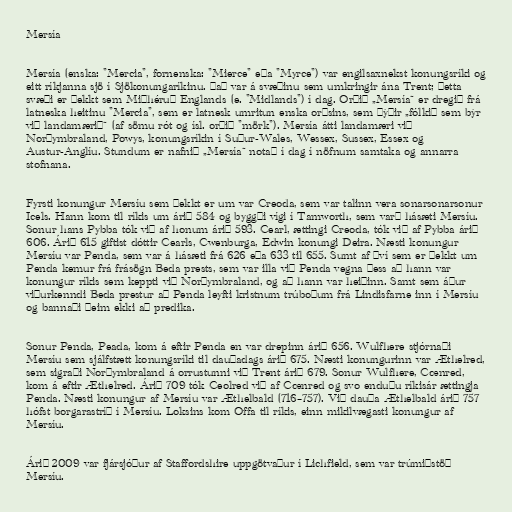
Mersía

Mersía (enska: "Mercia", fornenska: "Mierce" eða "Myrce") var engilsaxnekst konungsríki og
eitt ríkjanna sjö í Sjökonungaríkinu. Það var á svæðinu sem umkringir ána Trent; þetta
svæði er þekkt sem Miðhéruð Englands (e. "Midlands") í dag. Orðið „Mersía“ er dregið frá
latneska heitinu "Mercia", sem er latnesk umritun enska orðsins, sem þýðir „fólkið sem býr
við landamærið“ (af sömu rót og ísl. orðið "mörk"). Mersía átti landamæri við
Norðymbraland, Powys, konungsríkin í Suður-Wales, Wessex, Sussex, Essex og
Austur-Anglíu. Stundum er nafnið „Mersía“ notað í dag í nöfnum samtaka og annarra
stofnana.

Fyrsti konungur Mersíu sem þekkt er um var Creoda, sem var talinn vera sonarsonarsonur
Icels. Hann kom til ríkis um árið 584 og byggði vígi í Tamworth, sem varð hásæti Mersíu.
Sonur hans Pybba tók við af honum árið 593. Cearl, ættingi Creoda, tók við af Pybba árið
606. Árið 615 giftist dóttir Cearls, Cwenburga, Edwin konungi Deira. Næsti konungur
Mersíu var Penda, sem var á hásæti frá 626 eða 633 til 655. Sumt af því sem er þekkt um
Penda kemur frá frásögn Beda prests, sem var illa við Penda vegna þess að hann var
konungur ríkis sem keppti við Norðymbraland, og að hann var heiðinn. Samt sem áður
viðurkenndi Beda prestur að Penda leyfti kristnum trúboðum frá Lindisfarne inn í Mersíu
og bannaði þeim ekki að predika.

Sonur Penda, Peada, kom á eftir Penda en var drepinn árið 656. Wulfhere stjórnaði
Mersíu sem sjálfstætt konungsríki til dauðadags árið 675. Næsti konungurinn var Æthelred,
sem sigraði Norðymbraland á orrustunni við Trent árið 679. Sonur Wulfhere, Cœnred,
kom á eftir Æthelred. Árið 709 tók Ceolred við af Cœnred og svo enduðu ríkisár ættingja
Penda. Næsti konungur af Mersíu var Æthelbald (716–757). Við dauða Æthelbald árið 757
hófst borgarastríð í Mersíu. Loksins kom Offa til ríkis, einn mikilvægasti konungur af
Mersíu.

Árið 2009 var fjársjóður af Staffordshire uppgötvaður í Lichfield, sem var trúmiðstöð
Mersíu.